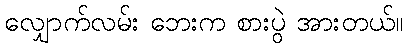
လျှောက်လမ်း ဘေးက စားပွဲ အားတယ်။